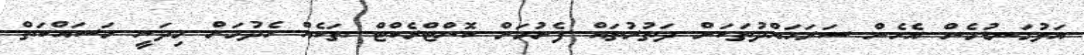
އަޅުގަނޑުމެން އެހެން ސަރަހައްދުތަކަށް ދަތުރުތައް ފެށުމަށް ކޮންޓްރެކްޓް ތަކެއް ހެދުމަށް މިދަނީ މަސައްކަތް